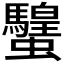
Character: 𧕸